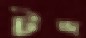
টন্দ